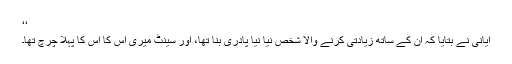
‘‘
ایانی نے بتایا کہ ان کے ساتھ زیادتی کرنے والا شخص نیا نیا پادری بنا تھا، اور سینٹ میری اس کا اس کا پہلا چرچ تھا۔